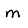
Character: m